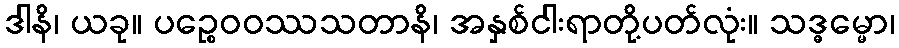
ဒါနိ၊ ယခု။ ပဉ္စေဝဝဿသတာနိ၊ အနှစ်ငါးရာတို့ပတ်လုံး။ သဒ္ဓမ္မော၊